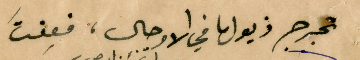
تجرجر ذيولها في الاوحال، فعِفتَ